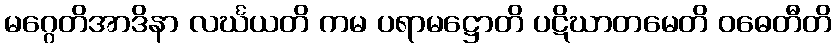
မဂ္ဂေတိအာဒိနာ လင်္ဃယတိ ကမ ပရာမဋ္ဌောတိ ပဋိဃာတမေတိ ဝဓေတီတိ